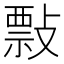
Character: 𢿏